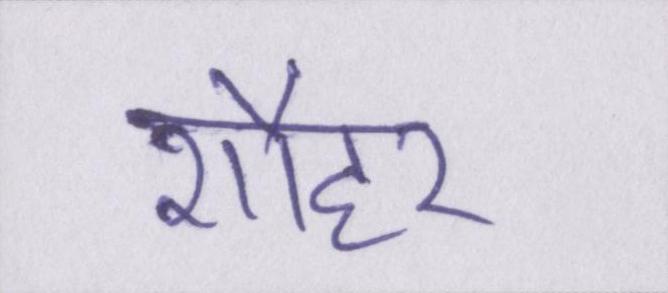
शौहर